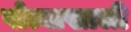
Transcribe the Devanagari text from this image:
पोत्याखाली